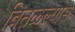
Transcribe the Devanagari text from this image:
वितळल्यास